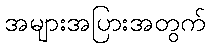
အများအပြားအတွက်